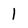
Character: 1